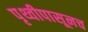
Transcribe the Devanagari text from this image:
पृथ्वीपासूनच